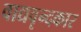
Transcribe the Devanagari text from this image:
वाद्यवृन्दकार